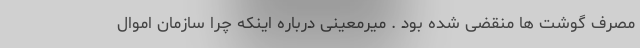
مصرف گوشت ها منقضی شده بود . میرمعینی درباره اینکه چرا سازمان اموال